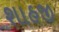
શાહજી